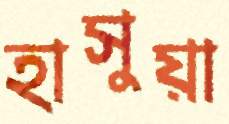
হাসুয়া